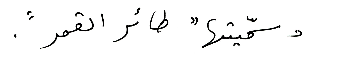
وسمّيتها "طائر القمر".